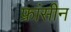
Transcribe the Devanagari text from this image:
फ्रांसीन